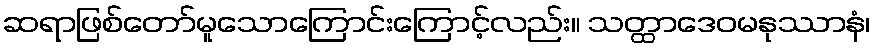
ဆရာဖြစ်တော်မူသောကြောင်းကြောင့်လည်း။ သတ္ထာဒေဝမနုဿာနံ၊